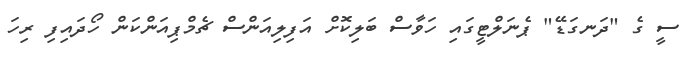
ސީ ގެ "ދަނގަޑޭ" ޕެނަލްޓީގައި ހަވާސް ބަލިކޮށް އަފިލިއަންސް ޗެމްޕިއަންކަން ހޯދައިފި ރިހަ